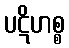
ပဋိဟစ္စ